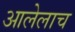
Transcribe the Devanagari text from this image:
आलेलाच